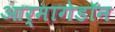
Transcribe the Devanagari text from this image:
आर्मागेडॉन